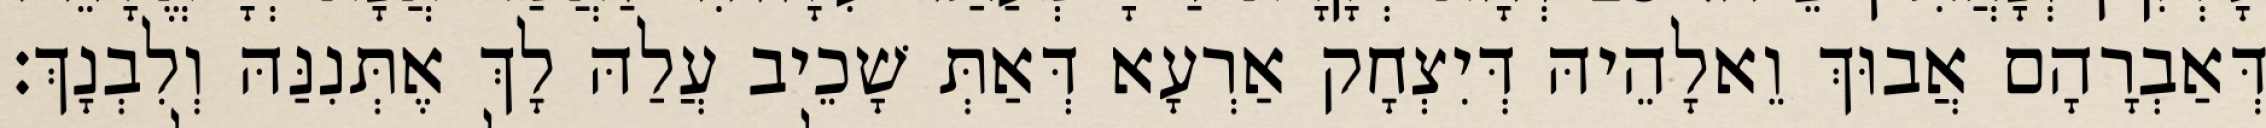
דְּאַבְרָהָם אֲבוּךְ וֵאלָהֵיהּ דְּיִצְחָק אַרְעָא דְּאַתְּ שָׁכֵיב עֲלַהּ לָךְ אֶתְּנִנַּהּ וְלִבְנָךְ׃